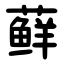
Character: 藓